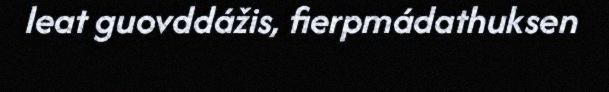
leat guovddážis, fierpmádathuksen